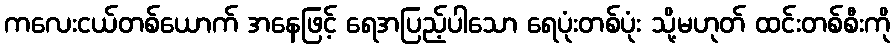
ကလေးငယ်တစ်ယောက် အနေဖြင့် ရေအပြည့်ပါသော ရေပုံးတစ်ပုံး သို့မဟုတ် ထင်းတစ်စီးကို